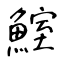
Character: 鰘